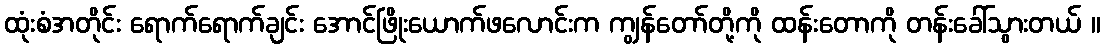
ထုံးစံအတိုင်း ရောက်ရောက်ချင်း အောင်ဖြိုးယောက်ဖလောင်းက ကျွန်တော်တို့ကို ထန်းတောကို တန်းခေါ်သွားတယ် ။